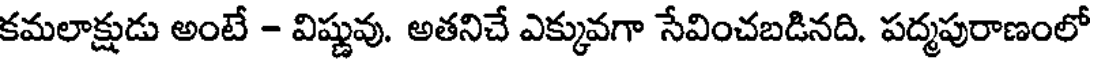
కమలాక్షుడు అంటే - విష్ణువు. అతనిచే ఎక్కువగా సేవించబడినది. పద్మపురాణంలో